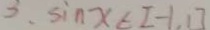
3 . \sin x < I - 1 . 1 7